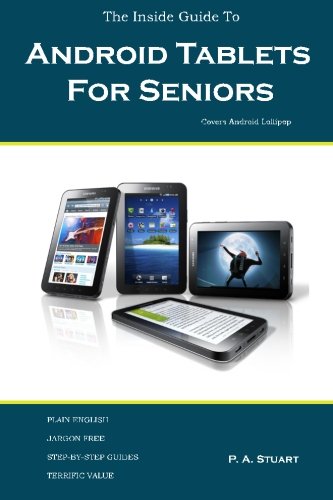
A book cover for The Inside Guide to Android Tablets For Seniors: Covers Android Lollipop; P A Stuart; Computers & Technology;